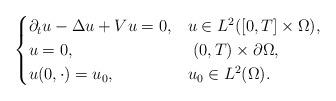
LaTeX: \begin{align*} \begin{cases}\partial_t u - \Delta u + Vu = 0, & u \in L^2([0,T] \times \Omega), \\u = 0, & \ (0,T) \times \partial \Omega , \\u(0,\cdot) = u_0, & u_0\in L^2(\Omega).\end{cases}\end{align*}